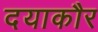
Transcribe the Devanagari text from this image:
दयाकौर